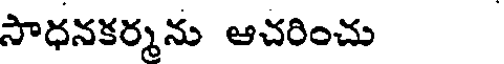
సాధనకర్మను ఆచరించు